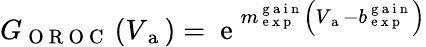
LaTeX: \begin{array}{r}{G_{\mathrm{~O~R~O~C~}}\left(V_{\mathrm{~a~}}\right)=\mathrm{~e~}^{m_{\mathrm{~e~x~p~}}^{\mathrm{~g~a~i~n~}}\left(V_{\mathrm{~a~}}-b_{\mathrm{~e~x~p~}}^{\mathrm{~g~a~i~n~}}\right)}}\end{array}